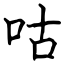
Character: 咕